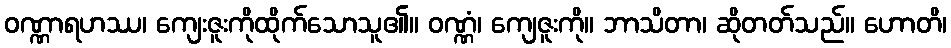
ဝဏ္ဏာရဟဿ၊ ကျေးဇူးကိုထိုက်သောသူ၏။ ဝဏ္ဏံ၊ ကျေဇူးကို။ ဘာသိတာ၊ ဆိုတတ်သည်။ ဟောတိ၊